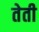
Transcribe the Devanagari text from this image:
तेती